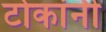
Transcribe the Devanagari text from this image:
टोकांनी